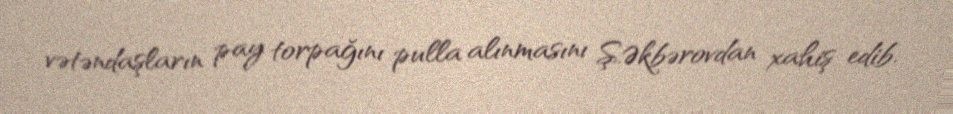
vətəndaşların pay torpağını pulla alınmasını Ş.Əkbərovdan xahiş edib.